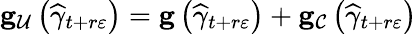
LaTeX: \mathbf{g}_{\mathcal{U}}\left(\widehat{\gamma}_{t+r\varepsilon}\right)=\mathbf{g}\left(\widehat{\gamma}_{t+r\varepsilon}\right)+\mathbf{g}_{\mathcal{C}}\left(\widehat{\gamma}_{t+r\varepsilon}\right)